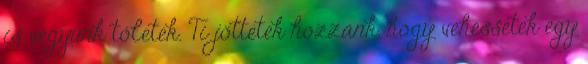
is vegyünk tőletek. Ti jöttetek hozzánk, hogy vehessetek egy